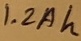
Text: 1.2Ah